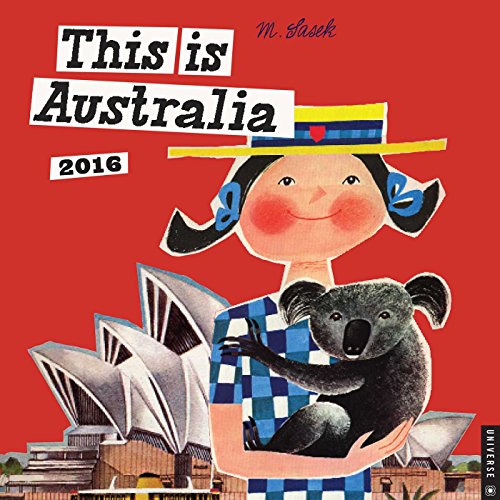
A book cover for This is Australia 2016 Wall Calendar; M. Sasek; Travel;